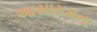
આસારામના